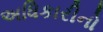
અધિકારીનો